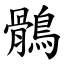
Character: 鶻